Indian journal of veterinary science and animal husbandry - Volume 6,
Year: 1936
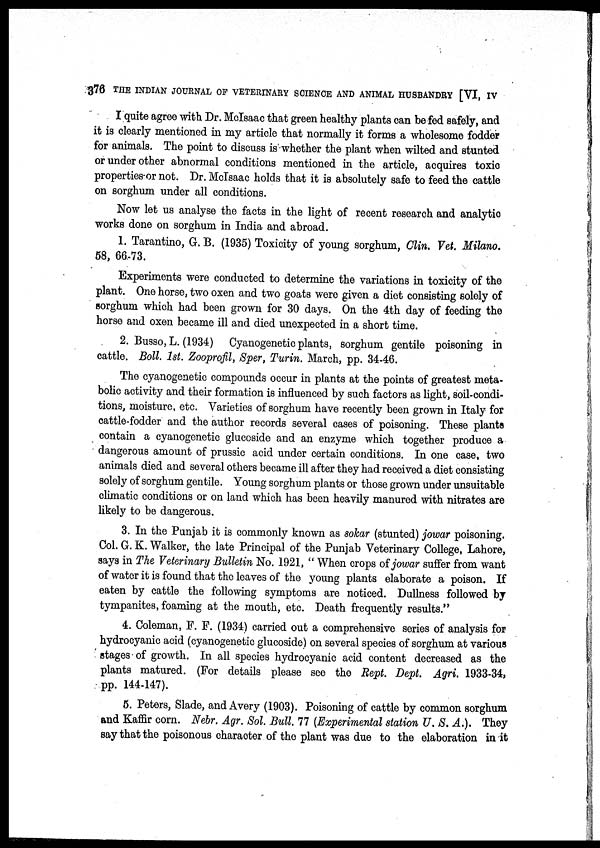
376 THE INDIAN JOURNAL OF VETERINARY SCIENCE AND ANIMAL HUSBANDRY [VI, IV
I quite agree with Dr. McIsaac that green healthy plants can be fed safely, and
it is clearly mentioned in my article that normally it forms a wholesome fodder
for animals. The point to discuss is whether the plant when wilted and stunted
or under other abnormal conditions mentioned in the article, acquires toxic
properties or not. Dr. McIsaac holds that it is absolutely safe to feed the cattle
on sorghum under all conditions.
Now let us analyse the facts in the light of recent research and analytic
works done on sorghum in India and abroad.
1. Tarantino, G. B. (1935) Toxicity of young sorghum, Clin. Vet. Milano.
58, 66-73.
Experiments were conducted to determine the variations in toxicity of the
plant. One horse, two oxen and two goats were given a diet consisting solely of
sorghum which had been grown for 30 days. On the 4th day of feeding the
horse and oxen became ill and died unexpected in a short time.
2. Busso,L. (1934) Cyanogenetic plants, sorghum gentile poisoning in
cattle. Boll. 1st. Zooprofil, Sper, Turin. March, pp. 34-46.
The cyanogenetic compounds occur in plants at the points of greatest meta-
bolic activity and their formation is influenced by such factors as light, soil-condi-
tions, moisture, etc. Varieties of sorghum have recently been grown in Italy for
cattle-fodder and the author records several cases of poisoning. These plants
contain a cyanogenetic glucoside and an enzyme which together produce a
dangerous amount of prussic acid under certain conditions. In one case, two
animals died and several others became ill after they had received a diet consisting
solely of sorghum gentile. Young sorghum plants or those grown under unsuitable
climatic conditions or on land which has been heavily manured with nitrates are
likely to be dangerous.
3. In the Punjab it is commonly known as sokar (stunted) jowar poisoning.
Col. G. K. Walker, the late Principal of the Punjab Veterinary College, Lahore,
says in The Veterinary Bulletin No. 1921, " When crops of jowar suffer from want
of water it is found that the leaves of the young plants elaborate a poison. If
eaten by cattle the following symptoms are noticed. Dullness followed by
tympanites, foaming at the mouth, etc. Death frequently results."
4. Coleman, F. F. (1934) carried out a comprehensive series of analysis for
hydrocyanic acid (cyanogenetic glucoside) on several species of sorghum at various
stages of growth. In all species hydrocyanic acid content decreased as the
plants matured. (For details please see the Rept. Dept. Agri. 1933-34,
pp. 144-147).
5. Peters, Slade, and Avery (1903). Poisoning of cattle by common sorghum
and Kaffir corn. Nebr. Agr. Sol. Bull. 77 (Experimental station U. S. A.). They
say that the poisonous character of the plant was due to the elaboration in it